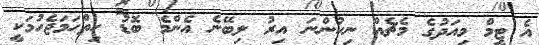
އެ ޓީމް މިއަދުގެ މެޗެއް ނިކުންނަ އިރު ލިބޭނެ އެންމެ ބޮޑު ހިތްހަމަޖެހުމަކީ